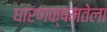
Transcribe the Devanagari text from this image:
धारणक्षमतेला